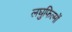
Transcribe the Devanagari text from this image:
लघुफिल्मों